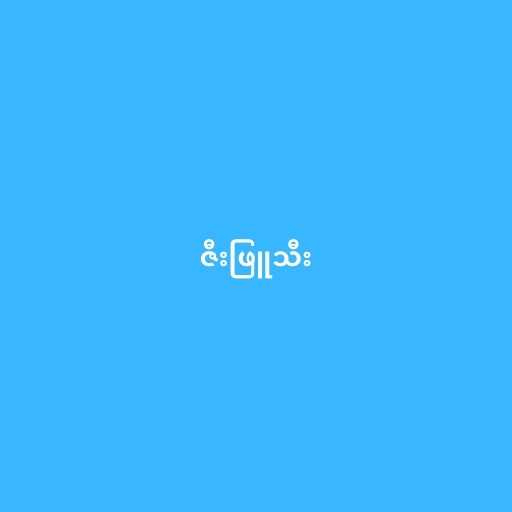
ဇီးဖြူသီး